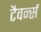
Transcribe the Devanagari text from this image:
टैवर्न्स